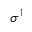
\sigma ^ { 1 }